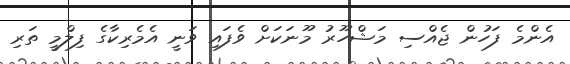
އެންމެ ފަހުން ޖެއްސި މަޝްހޫރު މޫނަކަށް ވެފައި ވަނީ އެމެރިކާގެ ފިލްމީ ތަރި